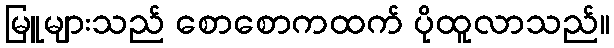
မြူများသည် စောစောကထက် ပိုထူလာသည်။